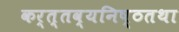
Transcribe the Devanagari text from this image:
कर्त्तव्यनिष्ठतथा